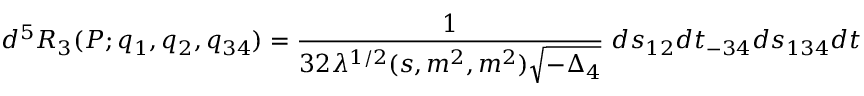
d ^ { 5 } R _ { 3 } ( P ; q _ { 1 } , q _ { 2 } , q _ { 3 4 } ) = { \frac { 1 } { 3 2 \lambda ^ { 1 / 2 } ( s , m ^ { 2 } , m ^ { 2 } ) \sqrt { - \Delta _ { 4 } } } } \; d s _ { 1 2 } d t _ { - 3 4 } d s _ { 1 3 4 } d t _ { + 2 } d \varphi